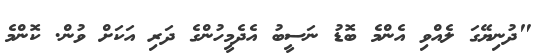
"ދުނިޔޭގަ ލެއްވި އެންމެ ބޮޑު ނަސީބު އެދެމީހުންގެ ދަރި އަކަަށް ވުން. ކޮންމެ